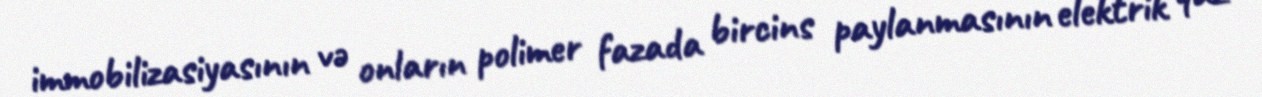
immobilizasiyasının və onların polimer fazada bircins paylanmasının elektrik qaz